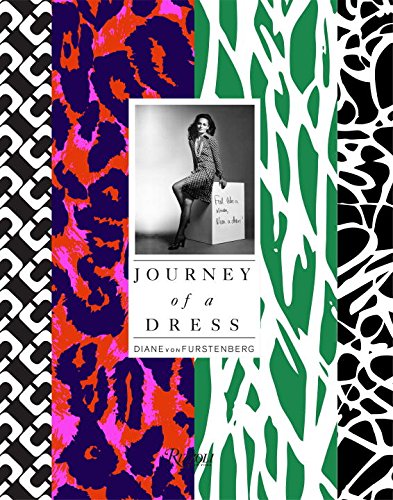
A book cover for DVF; Diane Von Furstenberg; Humor & Entertainment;